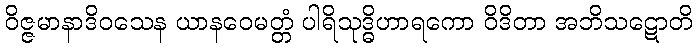
ဝိဇ္ဇမာနာဒိဝသေန ယာနဝေမတ္တံ ပါရိသုဒ္ဓိဟာရကော ဝိဒိတာ အဘိသဋောတိ